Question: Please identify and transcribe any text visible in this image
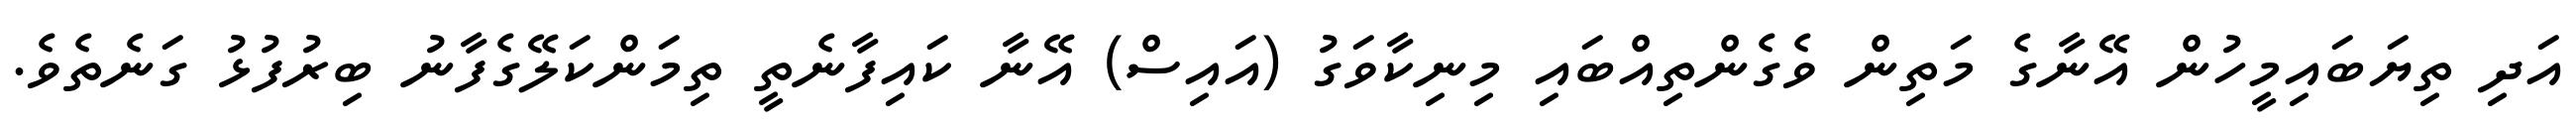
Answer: އަދި ތިޔަބައިމީހުން އޭނާގެ މަތިން ވެގެންތިއްބައި މިނިކާވަގު (އައިސް) އޭނާ ކައިފާނެތީ ތިމަންކަލޭގެފާނު ބިރުފުޅު ގަނެތެވެ.